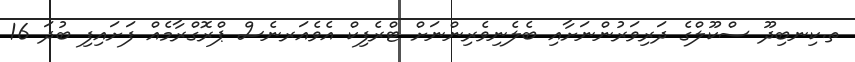
ތ.ކިނބިދޫ ސްކޫލްގެ ދަރިވަރުންނަށާއި ބެލެނިވެރިންނަށް ޓްރެފިކް އެވެއަރނެސް ޕްރޮގްރާމެއް ފަށައިފި ބުދަ 16